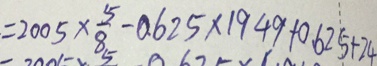
= 2 0 0 5 \times \frac { 5 } { 8 } - 0 . 6 2 5 \times 1 9 4 9 + 0 . 6 2 5 + 2 4